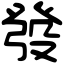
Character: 發